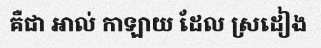
គឺជា អាល់ កាឡាយ ដែល ស្រដៀង